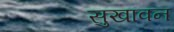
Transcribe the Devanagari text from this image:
सुखावन